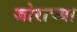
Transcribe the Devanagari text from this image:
जोराच्या